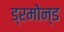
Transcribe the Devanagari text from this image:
ड्रमोन्ड